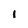
Character: 1